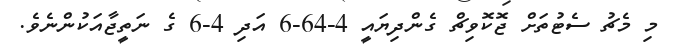
މި މެޗު ސެޓުތަށް ޖޮކޮވިޗް ގެންދިޔައީ 4-64-6 އަދި 4-6 ގެ ނަތީޖާއަކުންނެވެ.